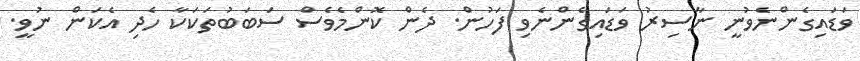
ވަޑައިގެންނެވުނީ ނާސިރު ވަޑައިގެންނެވި ފަހުން. ދެން ކޮންމެވެސް ސަބަބުތަކަކާ ހެދި އެކަން ނުވީ.